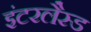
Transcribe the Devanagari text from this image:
इंटरलैस्ड